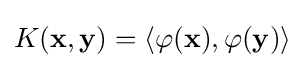
K(\mathbf {x} ,\mathbf {y} )=\langle \varphi (\mathbf {x} ),\varphi (\mathbf {y} )\rangle